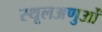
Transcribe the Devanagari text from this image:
स्थूलअणुओं